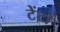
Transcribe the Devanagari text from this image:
टेंटों